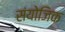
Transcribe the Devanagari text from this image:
संयोजिक